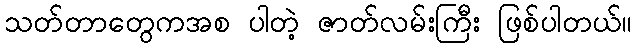
သတ်တာတွေကအစ ပါတဲ့ ဇာတ်လမ်းကြီး ဖြစ်ပါတယ်။